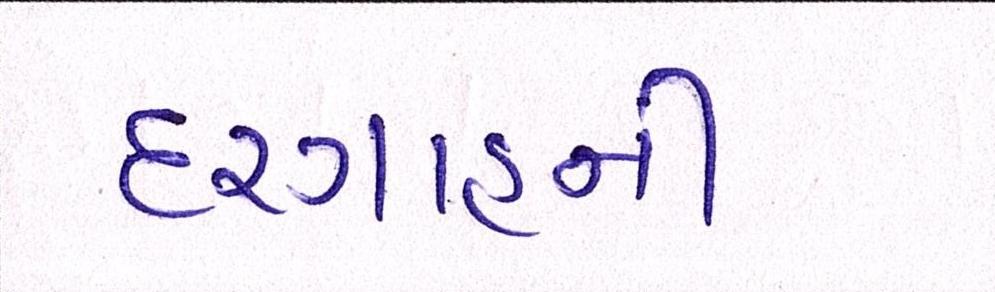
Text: દરગાહની